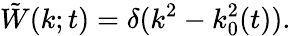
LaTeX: {\tilde{W}}(k;t)=\delta(k^{2}-k_{0}^{2}(t)).